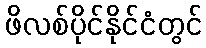
ဖိလစ်ပိုင်နိုင်ငံတွင်